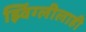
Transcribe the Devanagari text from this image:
झ्विंग्लीलाही